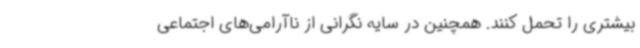
بیشتری را تحمل کنند. همچنین در سایه نگرانی از ناآرامی‌های اجتماعی